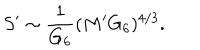
S ^ { \prime } \sim { \frac { 1 } { G _ { 6 } } } ( M ^ { \prime } G _ { 6 } ) ^ { 4 / 3 } .